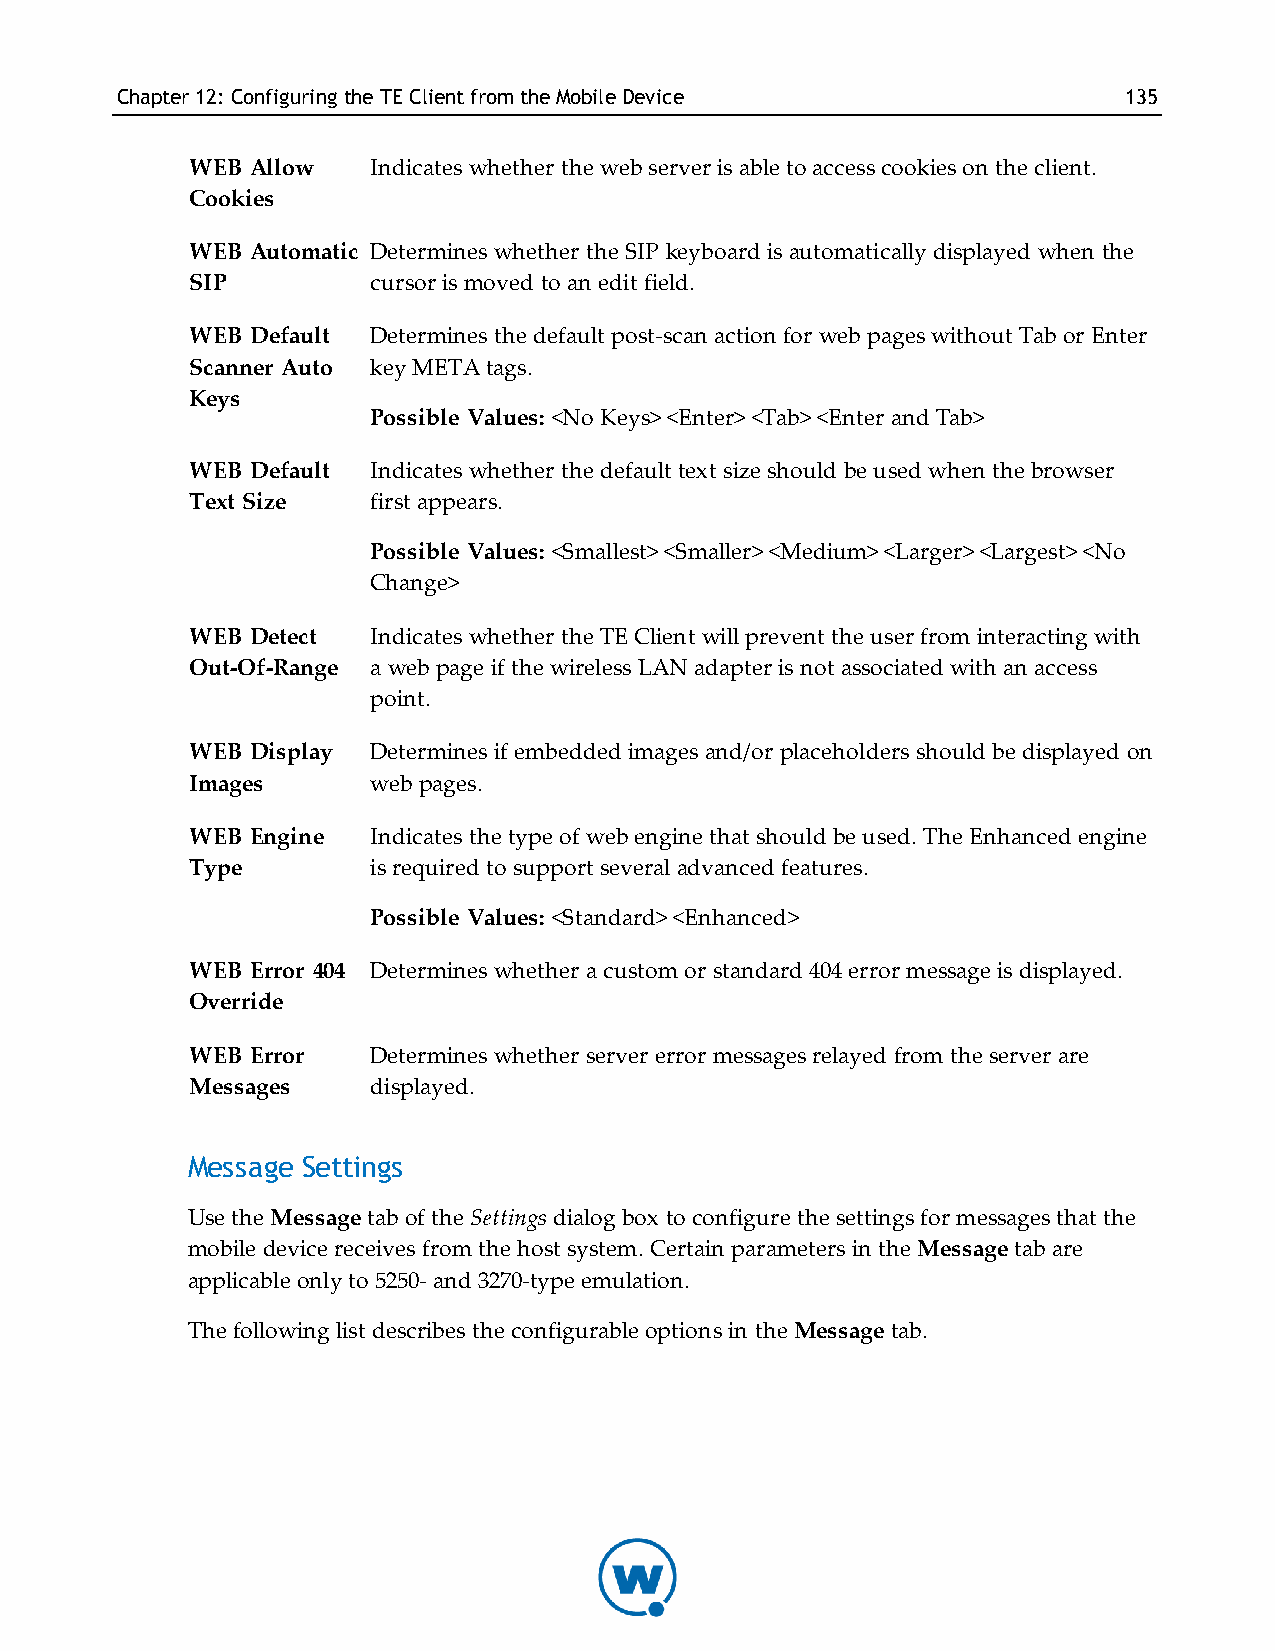
Chapter12: Configuring theTE ClientfromtheMobileDevice            135
 WEB Allow   Indicates whether the web server is able to access cookies on the client.
 Cookies
 WEB Automatic Determines whether the SIP keyboard is automatically displayed when the
 SIP         cursor is moved to an edit field.
 WEB Default Determines the default post-scan action for web pages without Tab or Enter
 Scanner Auto key META tags.
 Keys
 Possible Values: <No Keys> <Enter> <Tab> <Enter and Tab>
 WEB Default Indicates whether the default text size should be used when the browser
 Text Size   first appears.
 Possible Values: <Smallest> <Smaller> <Medium> <Larger> <Largest> <No
 Change>
 WEB Detect  Indicates whether the TE Client will prevent the user from interacting with
 Out-Of-Range a web page if the wireless LAN adapter is not associated with an access
 point.
 WEB Display Determines if embedded images and/or placeholders should be displayed on
 Images      web pages.
 WEB Engine  Indicates the type of web engine that should be used. The Enhanced engine
 Type        is required to support several advanced features.
 Possible Values: <Standard> <Enhanced>
 WEB Error 404 Determines whether a custom or standard 404 error message is displayed.
 Override
 WEB Error   Determines whether server error messages relayed from the server are
 Messages    displayed.
 Message Settings
 Use the Message tab of the Settings dialog box to configure the settings for messages that the
 mobile device receives from the host system. Certain parameters in the Message tab are
 applicable only to 5250- and 3270-type emulation.
 The following list describes the configurable options in the Message tab.